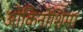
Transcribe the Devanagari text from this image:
ओकिनोशिमा